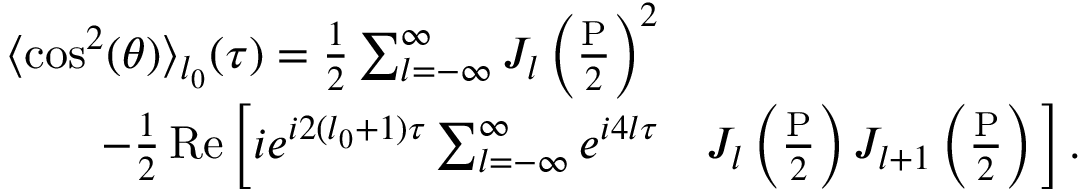
\begin{array} { r l } { \langle \cos ^ { 2 } ( \theta ) \rangle _ { l _ { 0 } } ( \tau ) = \frac { 1 } { 2 } \sum _ { l = - \infty } ^ { \infty } J _ { l } \left( \frac { \mathrm { P } } { 2 } \right) ^ { 2 } } & { } \\ { - \frac { 1 } { 2 } \operatorname { R e } \bigg [ i e ^ { i 2 ( l _ { 0 } + 1 ) \tau } \sum _ { l = - \infty } ^ { \infty } e ^ { i 4 l \tau } } & { J _ { l } \left( \frac { \mathrm { P } } { 2 } \right) J _ { l + 1 } \left( \frac { \mathrm { P } } { 2 } \right) \bigg ] \, . } \end{array}